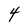
Character: 4